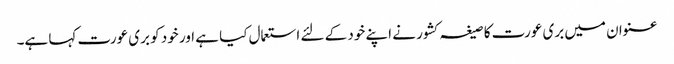
عنوان میں بری عورت کا صیغہ کشور نے اپنے خود کے لئے استعمال کیا ہے اور خود کو بری عورت کہا ہے۔